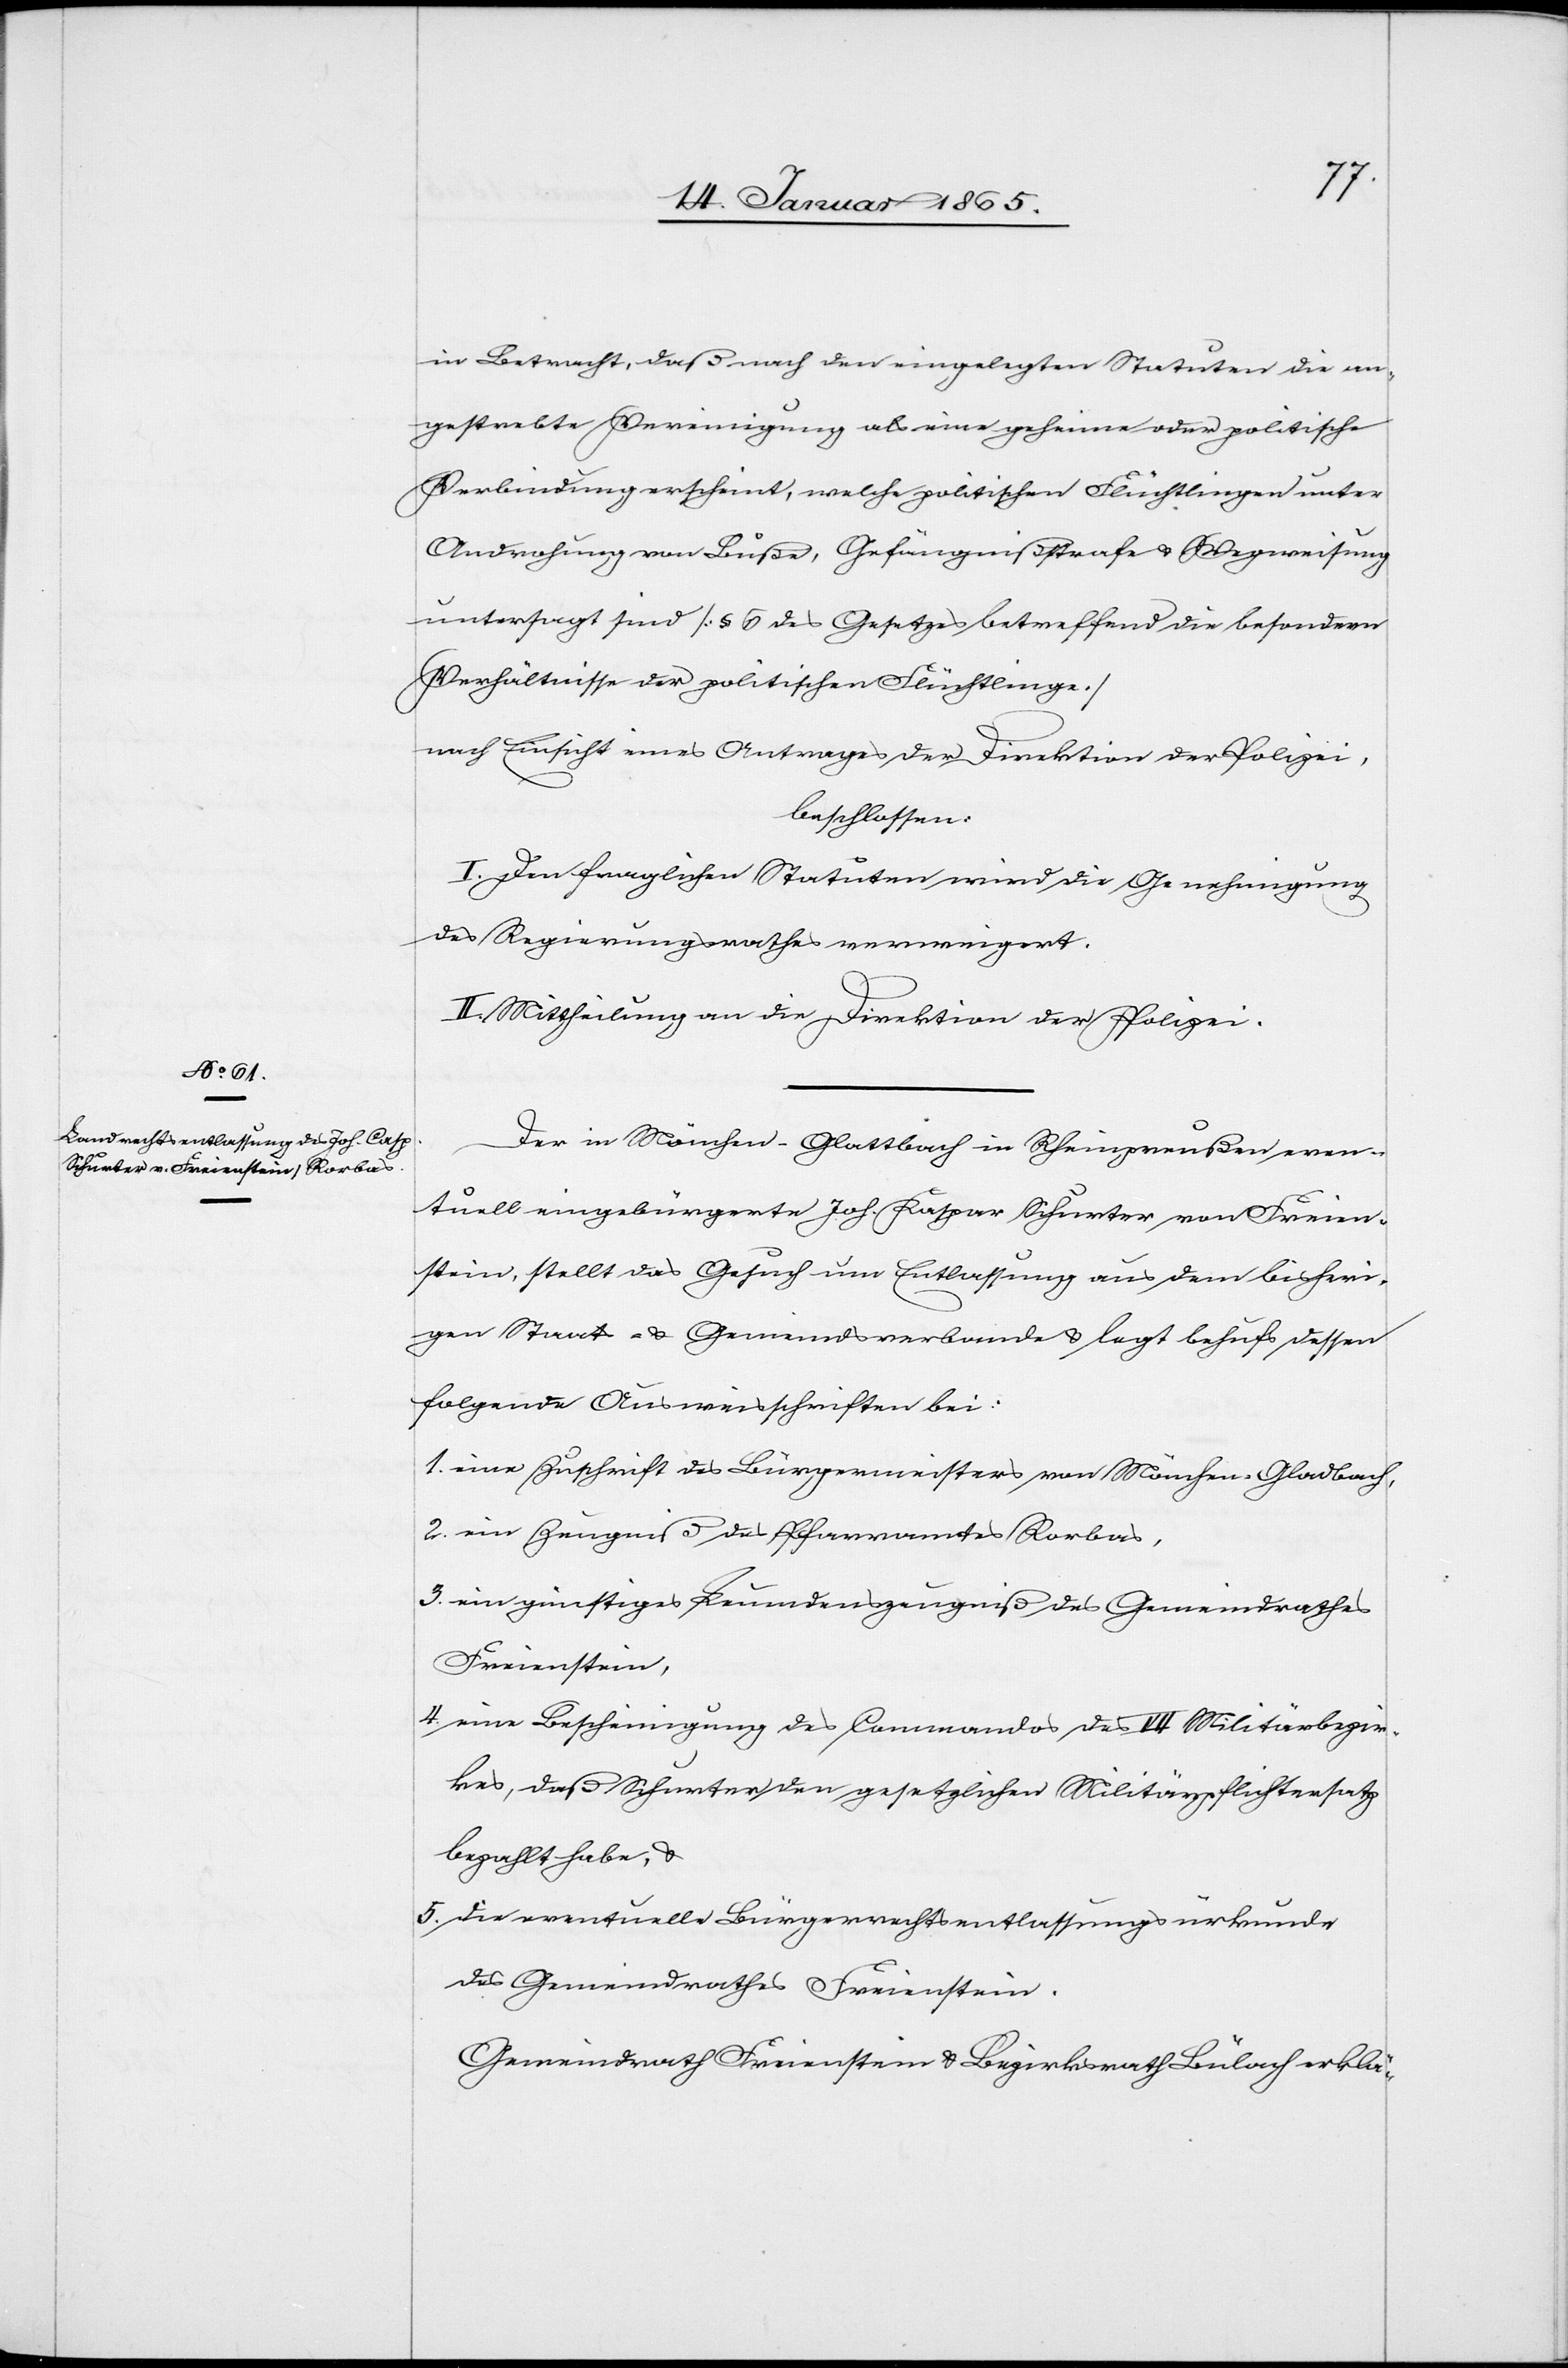
in Betracht, daß nach den eingelegten Statuten die an¬
gestrebte Vereinigung als eine geheime oder politische
Verbindung erscheint, welche politischen Flüchtlingen unter
Androhung von Buße, Gefängnißstrafe u. Wegweisung
untersagt sind [§ 6 des Gesetzes betreffend die besondern
Verhältnisse der politischen Flüchtlinge]
nach Einsicht eines Antrages der Direktion der Polizei,
beschlossen:
I. Den fraglichen Statuten wird die Genehmigung
des Regierungsrathes verweigert.
II. Mittheilung an die Direktion der Polizei.
Der in Mönchen-Glattbach in Rheinpreußen even¬
tuell eingebürgerte Joh. Kaspar Schurter von Freien¬
stein, stellt das Gesuch um Entlassung aus dem bisheri¬
gen Staats- u. Gemeindsverbande u. legt behufs dessen
folgende Ausweisschriften bei:
1. eine Zuschrift des Bürgermeisters von Mönchen-Gladbach,
2. ein Zeugniß des Pfarramtes Rorbas,
3. ein günstiges Leumdenzeugniß des Gemeindrathes
Freienstein,
4. eine Bescheinigung des Commandos des VII Militärbezir¬
kes, daß Schurter den gesetzlichen Militärpflichtersatz
bezahlt habe, u.
5. Die eventuelle Bürgerrechtsentlassungsurkunde
des Gemeindrathes Freienstein.
Gemeindrath Freienstein u. Bezirksrath Bülach erklä-